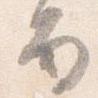
面